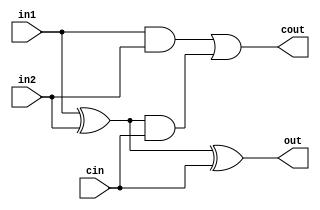
module full_adder_1bit (in1, in2, cin, out, cout);
input in1;
input in2;
input cin;
output out;
output cout;

wire sum;

assign sum = in1 ^ in2;
assign out = sum ^ cin;
assign cout = (in1 & in2) | (sum & cin);
endmodule


module BR_ad (Sum, Ovfl, A, B);
input [15:0] A,B; //Input values
output [15:0] Sum; //sum output
output Ovfl; //To indicate overflow

wire [15:0] cout;
wire [15:0]B_shft;
assign B_shft = B << 1;


full_adder_1bit FA[15:0] (.in1(A), .in2(B_shft), .cin({cout[14:0],1'b0}), .out(Sum), .cout(cout));

assign Ovfl = (A[15] ^ B_shft[15]) ? 0 : (A[15] ^ Sum[15]);

endmodule